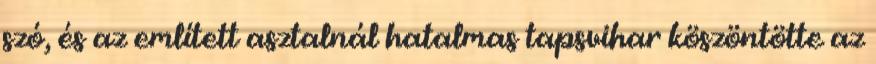
szó, és az említett asztalnál hatalmas tapsvihar köszöntötte az